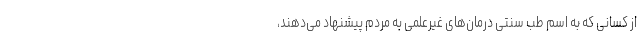
از کسانی که به اسم طب سنتی درمان‌های غیرعلمی به مردم پیشنهاد می‌دهند،